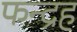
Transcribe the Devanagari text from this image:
फन्द्रह